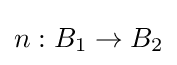
n:B_{1}\to B_{2}